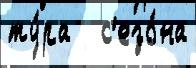
ту́ра   с'езо́на